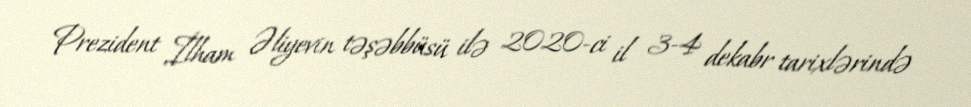
Prezident İlham Əliyevin təşəbbüsü ilə 2020-ci il 3-4 dekabr tarixlərində